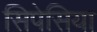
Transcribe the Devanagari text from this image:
सिपेसिया